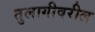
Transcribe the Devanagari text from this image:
तुलागीवरील